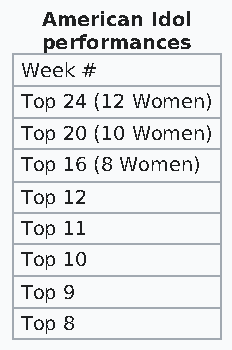
American Idol
 performances
 Week #
 Top 24 (12 Women)
 Top 20 (10 Women)
 Top 16 (8 Women)
 Top 12
 Top 11
 Top 10
 Top 9
 Top 8